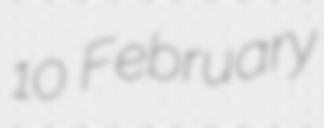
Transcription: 10 February